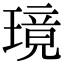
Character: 璄